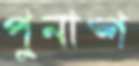
পুনাঙ্গ